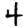
Digit: 4